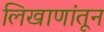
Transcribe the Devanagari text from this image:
लिखाणांतून